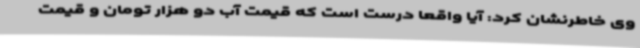
وی خاطرنشان کرد: آیا واقعاً درست است که قیمت آب دو هزار تومان و قیمت